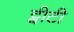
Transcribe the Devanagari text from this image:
ट्वीटी